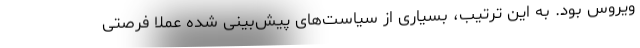
ویروس بود. به این ترتیب، بسیاری از سیاست‌های پیش‌بینی شده عملا فرصتی